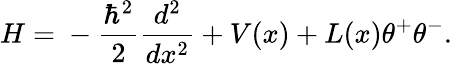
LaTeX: H={}-\frac{\hbar^{2}}{2}\frac{d^{2}}{dx^{2}}+V(x)+L(x)\theta^{+}\theta^{-}.